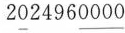
2\underline{0}2496\underline{0000}